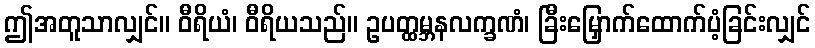
ဤအတူသာလျှင်။ ဝီရိယံ၊ ဝီရိယသည်။ ဥပတ္ထမ္ဘနလက္ခဏံ၊ ခြီးမြှောက်ထောက်ပံ့ခြင်းလျှင်